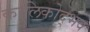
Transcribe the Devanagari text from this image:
कालिकोद्भव